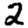
Digit: 2